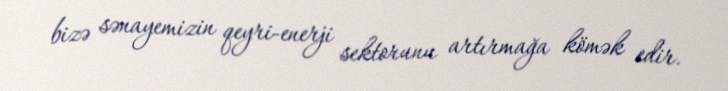
bizə sənayemizin qeyri-enerji sektorunu artırmağa kömək edir.